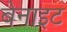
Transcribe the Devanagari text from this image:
बेनाइट